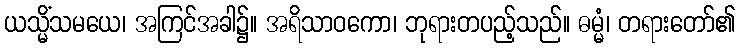
ယသ္မိံသမယေ၊ အကြင်အခါ၌။ အရိသာဝကော၊ ဘုရားတပည့်သည်။ ဓမ္မံ၊ တရားတော်၏